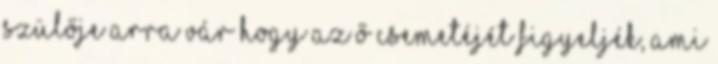
szülője arra vár hogy az ő csemetéjét figyeljék, ami